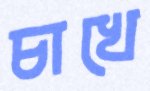
চাখে